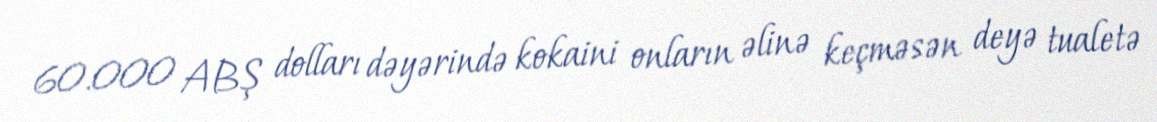
60.000 ABŞ dolları dəyərində kokaini onların əlinə keçməsən deyə tualetə